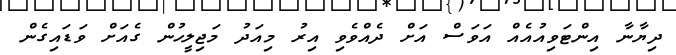
ދިޔާނާ އިންޓަވިއުއެއް އަވަސް އަށް ދެއްވެވި އިރު މިއަދު މަޖިލީހުން ގެއަށް ވަޑައިގެން